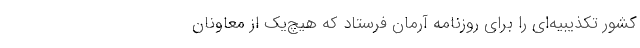
کشور تکذیبیه‌ای را برای روزنامه آرمان فرستاد که هیچ‌یک از معاونان